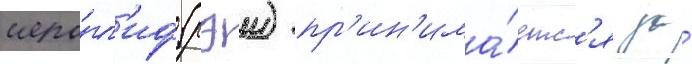
иеро́гл'иф (рэи) пр'ин'има́етс'я за́